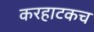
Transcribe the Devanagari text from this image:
करहाटकच